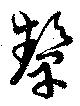
顰